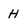
Character: H